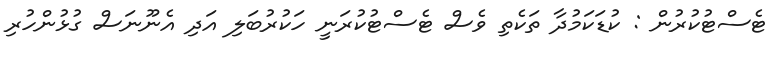
ޓެސްޓުކުރުން : ކުޑަކަމުދާ ތަކެތި ވެސް ޓެސްޓުކުރަނީ ހަކުރުބަލި އަދި އެނޫނަސް ގުޅުންހުރި